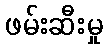
ဖမ်းဆီးမှု